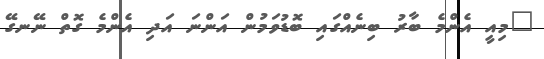
"މިއީ އެންމެ ބާރު ބިނެއްގައި ބޮޑުވަމުން އަންނަ އަދި އެންމެ ގޮތް ނޭނގޭ